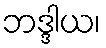
ဘဒ္ဒါယ၊